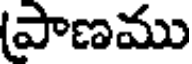
పాణము